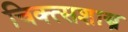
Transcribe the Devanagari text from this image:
चिक्त्सशास्त्र